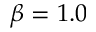
\beta = 1 . 0